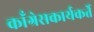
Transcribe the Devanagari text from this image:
काँग्रेसकार्यकर्ते